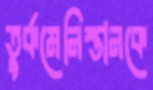
তুর্কমেনিস্তানকে